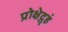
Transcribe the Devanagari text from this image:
प्रोक्षेद्गृहं